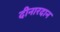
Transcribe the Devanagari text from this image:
दीनारदान